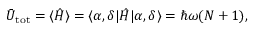
\begin{array} { r } { \bar { U } _ { \mathrm { t o t } } = \langle \hat { H } \rangle = \langle \alpha , \delta | \hat { H } | \alpha , \delta \rangle = \hbar \omega ( { \cal N } + 1 ) , } \end{array}